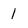
Character: 1